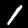
Digit: 1